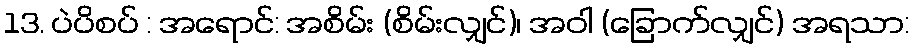
13. ပဲပိစပ် : အရောင်: အစိမ်း (စိမ်းလျှင်)၊ အဝါ (ခြောက်လျှင်) အရသာ: